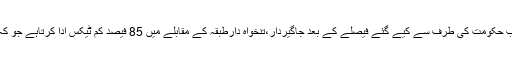
ایک سال قبل پنجاب حکومت کی طرف سے کیے گئے فیصلے کے بعد جاگیردار،تنخواہ دارطبقہ کے مقابلے میں 85 فیصد کم ٹیکس ادا کرتاہے جو کہ مضحکہ خیزہے۔